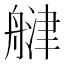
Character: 𦩨